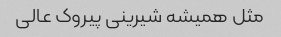
مثل همیشه شیرینی پیروک عالی